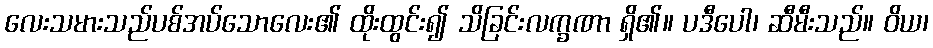
လေးသမားသည်ပစ်အပ်သောလေး၏ ထိုးထွင်း၍ သိခြင်းလက္ခဏာ ရှိ၏။ ပဒီပေါ၊ ဆီမီးသည်။ ဝိယ၊